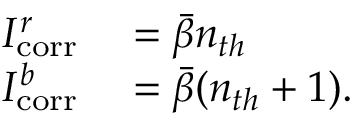
\begin{array} { r l } { I _ { \mathrm { c o r r } } ^ { r } } & { { } = \Bar { \beta } n _ { t h } } \\ { I _ { \mathrm { c o r r } } ^ { b } } & { { } = \Bar { \beta } ( n _ { t h } + 1 ) . } \end{array}